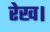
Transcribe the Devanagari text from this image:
रेख।